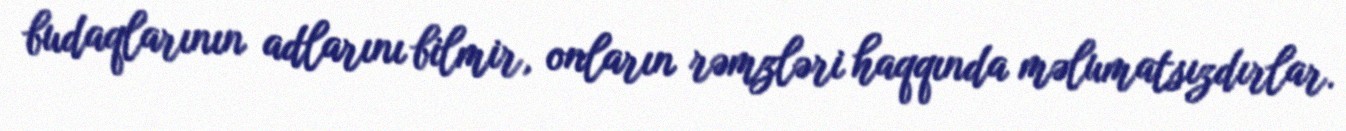
budaqlarının adlarını bilmir, onların rəmzləri haqqında məlumatsızdırlar.